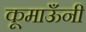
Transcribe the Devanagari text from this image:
कूमाऊँनी